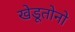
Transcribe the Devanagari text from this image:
खेडूतोनो